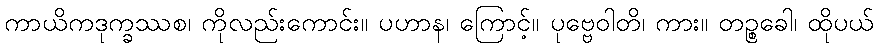
ကာယိကဒုက္ခဿစ၊ ကိုလည်းကောင်း။ ပဟာန၊ ကြောင့်။ ပုဗ္ဗေဝါတိ၊ ကား။ တဉ္စခေါ၊ ထိုပယ်